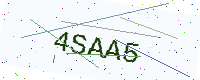
Text: 4SAA5